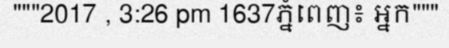
"""2017 , 3:26 pm 1637ភ្នំពេញ៖ អ្នក"""